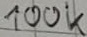
Text: 100k